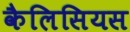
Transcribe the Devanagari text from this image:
कैलिसियस